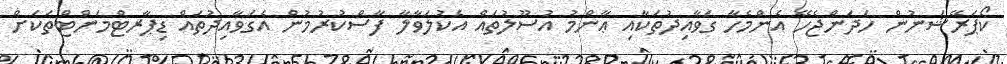
ކޯޕަރޭޝަނުން ހަދަންޖެހޭ އެންމެހާ ގަވާއިދުތަކާއި ޢާންމު އުސޫލުތައް އެކުލަވާލާ ފާސްކުރުމުން އެގަވާއިދުތައް ޑިޕާރޓްމަންޓްތަކަށް